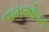
નામઓપન